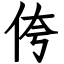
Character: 侉